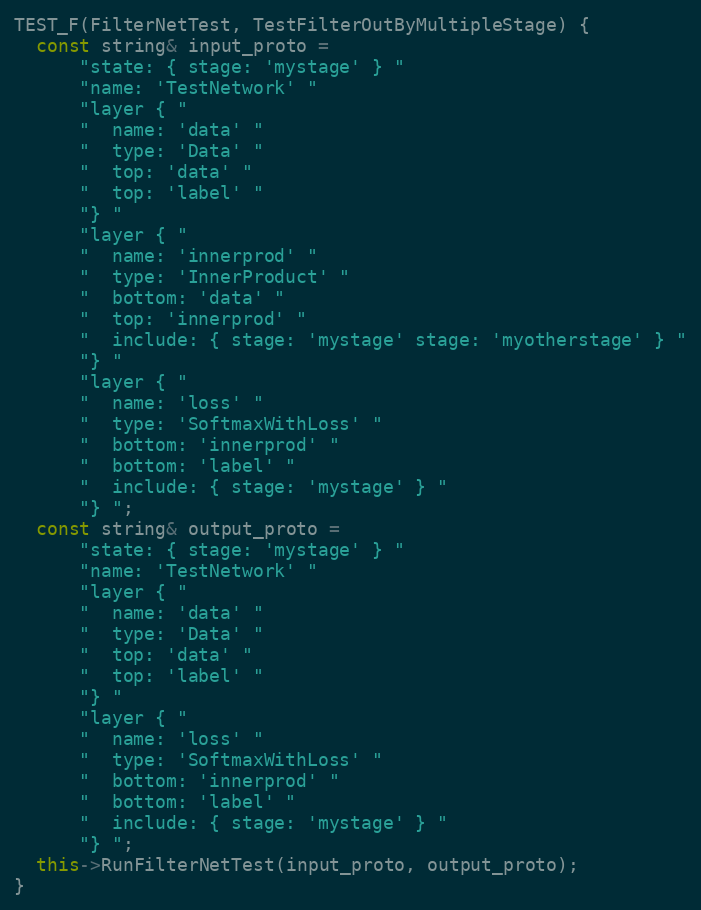
Language: C++
TEST_F(FilterNetTest, TestFilterOutByMultipleStage) {
  const string& input_proto =
      "state: { stage: 'mystage' } "
      "name: 'TestNetwork' "
      "layer { "
      "  name: 'data' "
      "  type: 'Data' "
      "  top: 'data' "
      "  top: 'label' "
      "} "
      "layer { "
      "  name: 'innerprod' "
      "  type: 'InnerProduct' "
      "  bottom: 'data' "
      "  top: 'innerprod' "
      "  include: { stage: 'mystage' stage: 'myotherstage' } "
      "} "
      "layer { "
      "  name: 'loss' "
      "  type: 'SoftmaxWithLoss' "
      "  bottom: 'innerprod' "
      "  bottom: 'label' "
      "  include: { stage: 'mystage' } "
      "} ";
  const string& output_proto =
      "state: { stage: 'mystage' } "
      "name: 'TestNetwork' "
      "layer { "
      "  name: 'data' "
      "  type: 'Data' "
      "  top: 'data' "
      "  top: 'label' "
      "} "
      "layer { "
      "  name: 'loss' "
      "  type: 'SoftmaxWithLoss' "
      "  bottom: 'innerprod' "
      "  bottom: 'label' "
      "  include: { stage: 'mystage' } "
      "} ";
  this->RunFilterNetTest(input_proto, output_proto);
}